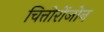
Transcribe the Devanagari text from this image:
चित्तोरोंजोन